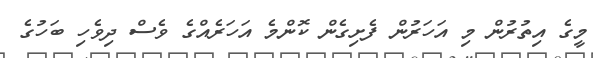
މީގެ އިތުރުން މި އަހަރުން ފެށިގެން ކޮންމެ އަހަރެއްގެ ވެސް ދިވެހި ބަހުގެ